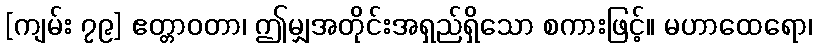
[ကျမ်း ၇၉] ဧတ္တာဝတာ၊ ဤမျှအတိုင်းအရှည်ရှိသော စကားဖြင့်။ မဟာထေရော၊